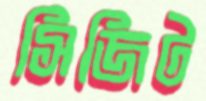
সিজিট